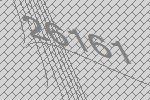
26161